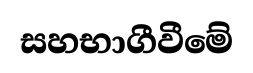
සහභාගීවීමේ